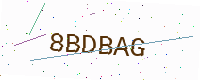
Text: 8BDBAG